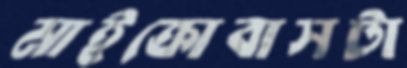
মাইক্রোবাসটা